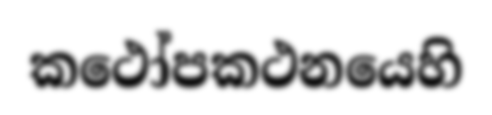
කථෝපකථනයෙහි